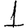
Digit: 1